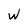
Character: W